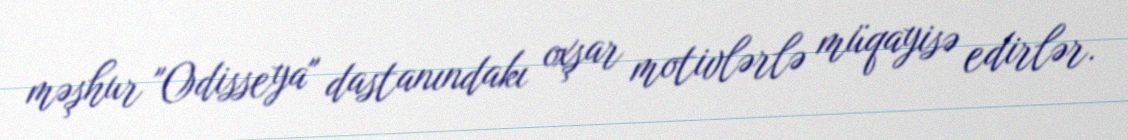
məşhur "Odisseya" dastanındakı oxşar motivlərlə müqayisə edirlər.